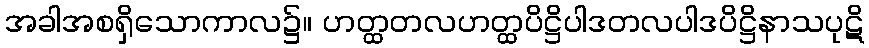
အခါအစရှိသောကာလ၌။ ဟတ္ထတလဟတ္ထပိဋ္ဌိပါဒတလပါဒပိဋ္ဌိနာသပုဋိ